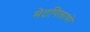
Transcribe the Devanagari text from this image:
मेटपिलावरे